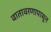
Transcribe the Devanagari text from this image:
वातावरणापासून